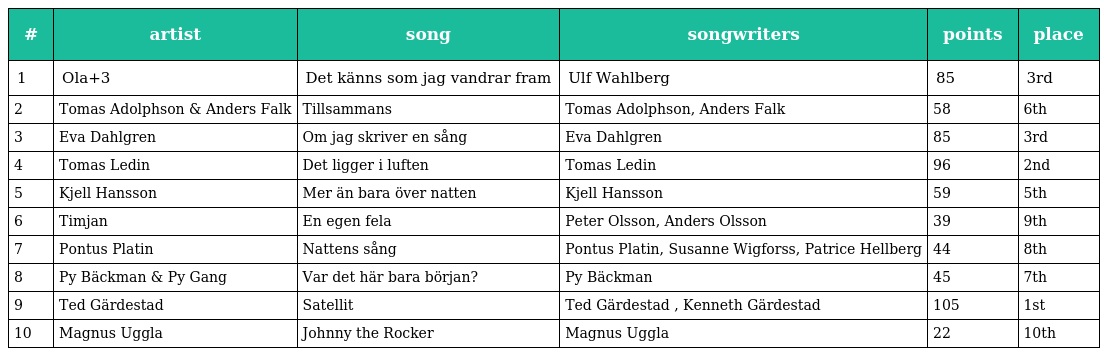
| # | artist | song | songwriters | points | place |
 | --- | --- | --- | --- | --- | --- |
 | 1 | Ola+3 | Det känns som jag vandrar fram | Ulf Wahlberg | 85 | 3rd |
 | 2 | Tomas Adolphson & Anders Falk | Tillsammans | Tomas Adolphson, Anders Falk | 58 | 6th |
 | 3 | Eva Dahlgren | Om jag skriver en sång | Eva Dahlgren | 85 | 3rd |
 | 4 | Tomas Ledin | Det ligger i luften | Tomas Ledin | 96 | 2nd |
 | 5 | Kjell Hansson | Mer än bara över natten | Kjell Hansson | 59 | 5th |
 | 6 | Timjan | En egen fela | Peter Olsson, Anders Olsson | 39 | 9th |
 | 7 | Pontus Platin | Nattens sång | Pontus Platin, Susanne Wigforss, Patrice Hellberg | 44 | 8th |
 | 8 | Py Bäckman & Py Gang | Var det här bara början? | Py Bäckman | 45 | 7th |
 | 9 | Ted Gärdestad | Satellit | Ted Gärdestad , Kenneth Gärdestad | 105 | 1st |
 | 10 | Magnus Uggla | Johnny the Rocker | Magnus Uggla | 22 | 10th |